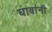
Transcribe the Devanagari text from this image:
घावांनी